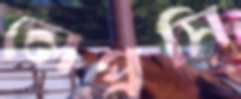
লেপ্রসি